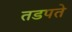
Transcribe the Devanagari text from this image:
तडपते